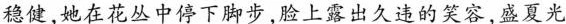
稳健，她在花丛中停下脚步，脸上露出久违的笑容，盛夏光